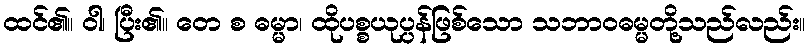
ထင်၏။ ဝါ၊ ပြီး၏။ တေ စ ဓမ္မာ၊ ထိုပစ္စယုပ္ပန်ဖြစ်သော သဘာဝဓမ္မတို့သည်လည်း။